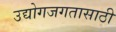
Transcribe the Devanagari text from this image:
उद्योगजगतासाठी